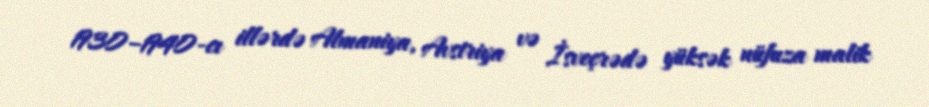
1930–1940-cı illərdə Almaniya, Avstriya və İsveçrədə yüksək nüfuza malik